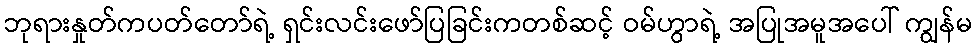
ဘုရားနှုတ်ကပတ်တော်ရဲ့ ရှင်းလင်းဖော်ပြခြင်းကတစ်ဆင့် ဝမ်ဟွာရဲ့ အပြုအမူအပေါ် ကျွန်မ